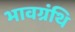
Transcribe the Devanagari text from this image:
भावग्रंथि